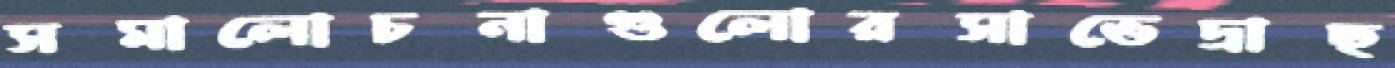
সমালোচনাগুলোরসাভেদ্রাছ